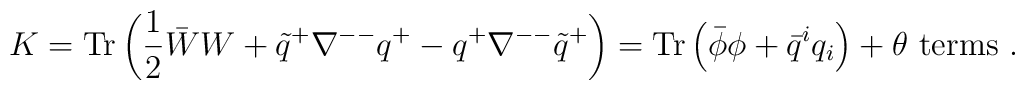
K = {\rm Tr} \left(\frac{1}{2}\bar W W + \tilde q^+ \nabla^{--} q^+ -   q^+ \nabla^{--}\tilde q^+  \right) =   {\rm Tr} \left( \bar\phi \phi + \bar q^i q_i \right) + \theta\ {\rm terms}\   .